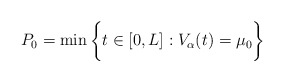
\begin{align*}P_0 = \min \bigg\{ t \in [0,L] : V_\alpha(t)= \mu_0 \bigg\}\end{align*}